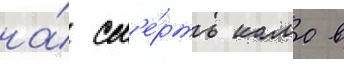
на́ см'е́рть камо в